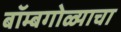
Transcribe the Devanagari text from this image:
बॉम्बगोळ्याचा